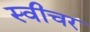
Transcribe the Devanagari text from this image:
स्वीचर